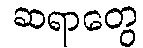
ဆရာတွေ